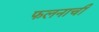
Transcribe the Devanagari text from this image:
फलनाची